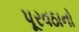
પૂરવઠાનો